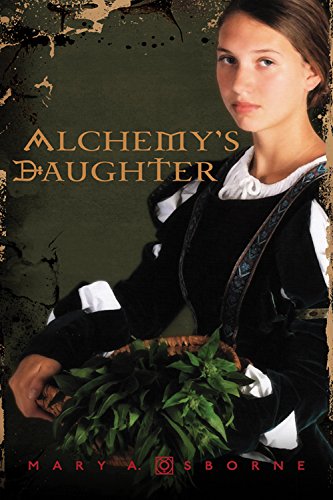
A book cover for Alchemy's Daughter; Mary A. Osborne; Teen & Young Adult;